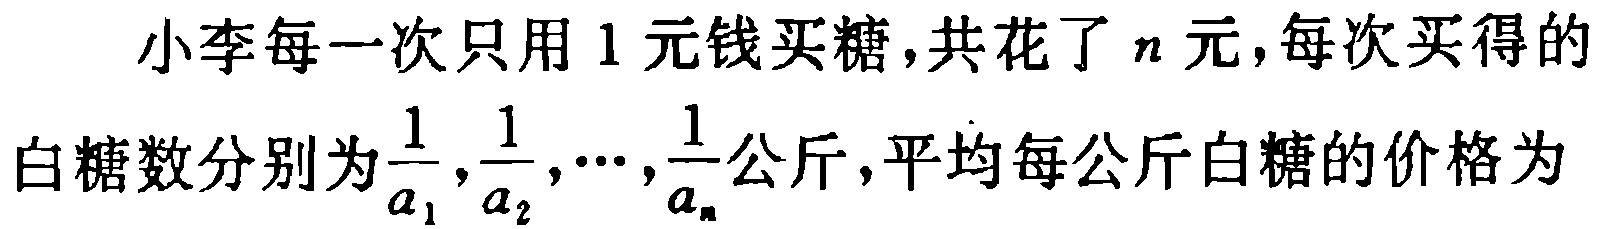
小李每一次只用 1 元钱买糖,共花了 \(n\) 元,每次买得的

白糖数分别为\(\frac{1}{a_{1}},\frac{1}{a_{2}},\cdots,\frac{1}{a_{n}}\)公斤,平均每公斤白糖的价格为